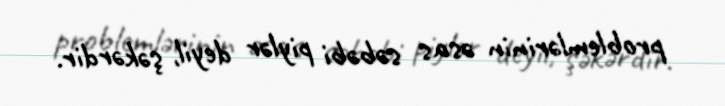
problemlərinin əsas səbəbi piylər deyil, şəkərdir.